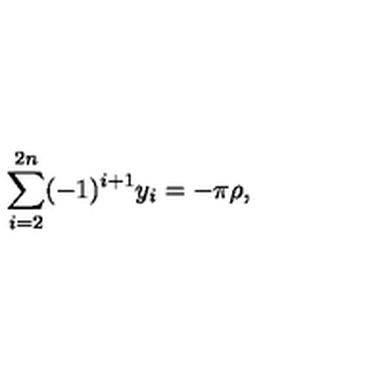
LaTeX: \sum _ { i = 2 } ^ { 2 n } ( - 1 ) ^ { i + 1 } y _ { i } = - \pi \rho , \,